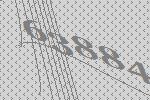
63884